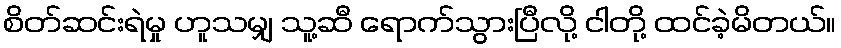
စိတ်ဆင်းရဲမှု ဟူသမျှ သူ့ဆီ ရောက်သွားပြီလို့ ငါတို့ ထင်ခဲ့မိတယ်။